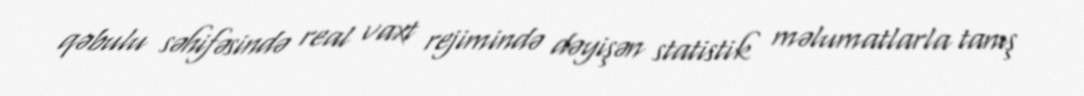
qəbulu səhifəsində real vaxt rejimində dəyişən statistik məlumatlarla tanış